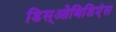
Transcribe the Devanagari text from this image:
डिस्‌ओबिडिएंस